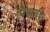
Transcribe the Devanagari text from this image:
निष्पादि